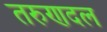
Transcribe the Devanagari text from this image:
तरुणदल